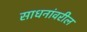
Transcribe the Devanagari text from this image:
साधनांवरील